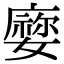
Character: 𡢜